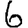
Digit: 6